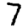
Digit: 7